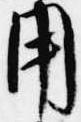
用